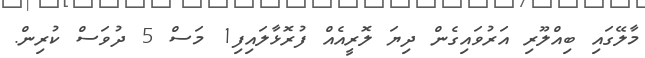
މާލޭގައި ބިއްލޫރި އަރުވައިގެން ދިޔަ ލޮރީއެއް ފުރޮޅާލައިފި1 މަސް 5 ދުވަސް ކުރިން.